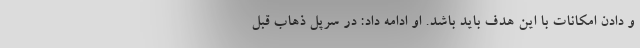
و دادن امکانات با این هدف باید باشد. او ادامه داد: در سرپل ذهاب قبل